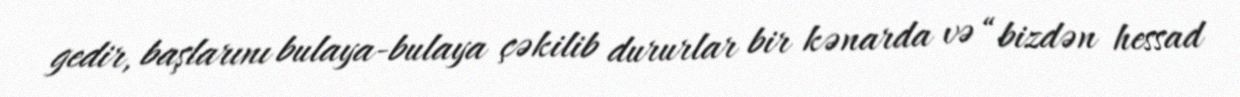
gedir, başlarını bulaya-bulaya çəkilib dururlar bir kənarda və “bizdən hessad